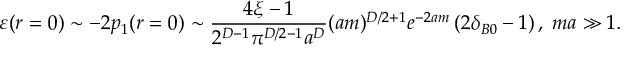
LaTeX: \varepsilon ( r = 0 ) \sim - 2 p _ { 1 } ( r = 0 ) \sim \frac { 4 \xi - 1 } { 2 ^ { D - 1 } \pi ^ { D / 2 - 1 } a ^ { D } } ( a m ) ^ { D / 2 + 1 } e ^ { - 2 a m } \left( 2 \delta _ { B 0 } - 1 \right) , \; m a \gg 1 .